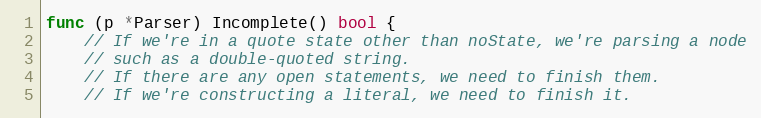
Language: Go
func (p *Parser) Incomplete() bool {
	// If we're in a quote state other than noState, we're parsing a node
	// such as a double-quoted string.
	// If there are any open statements, we need to finish them.
	// If we're constructing a literal, we need to finish it.